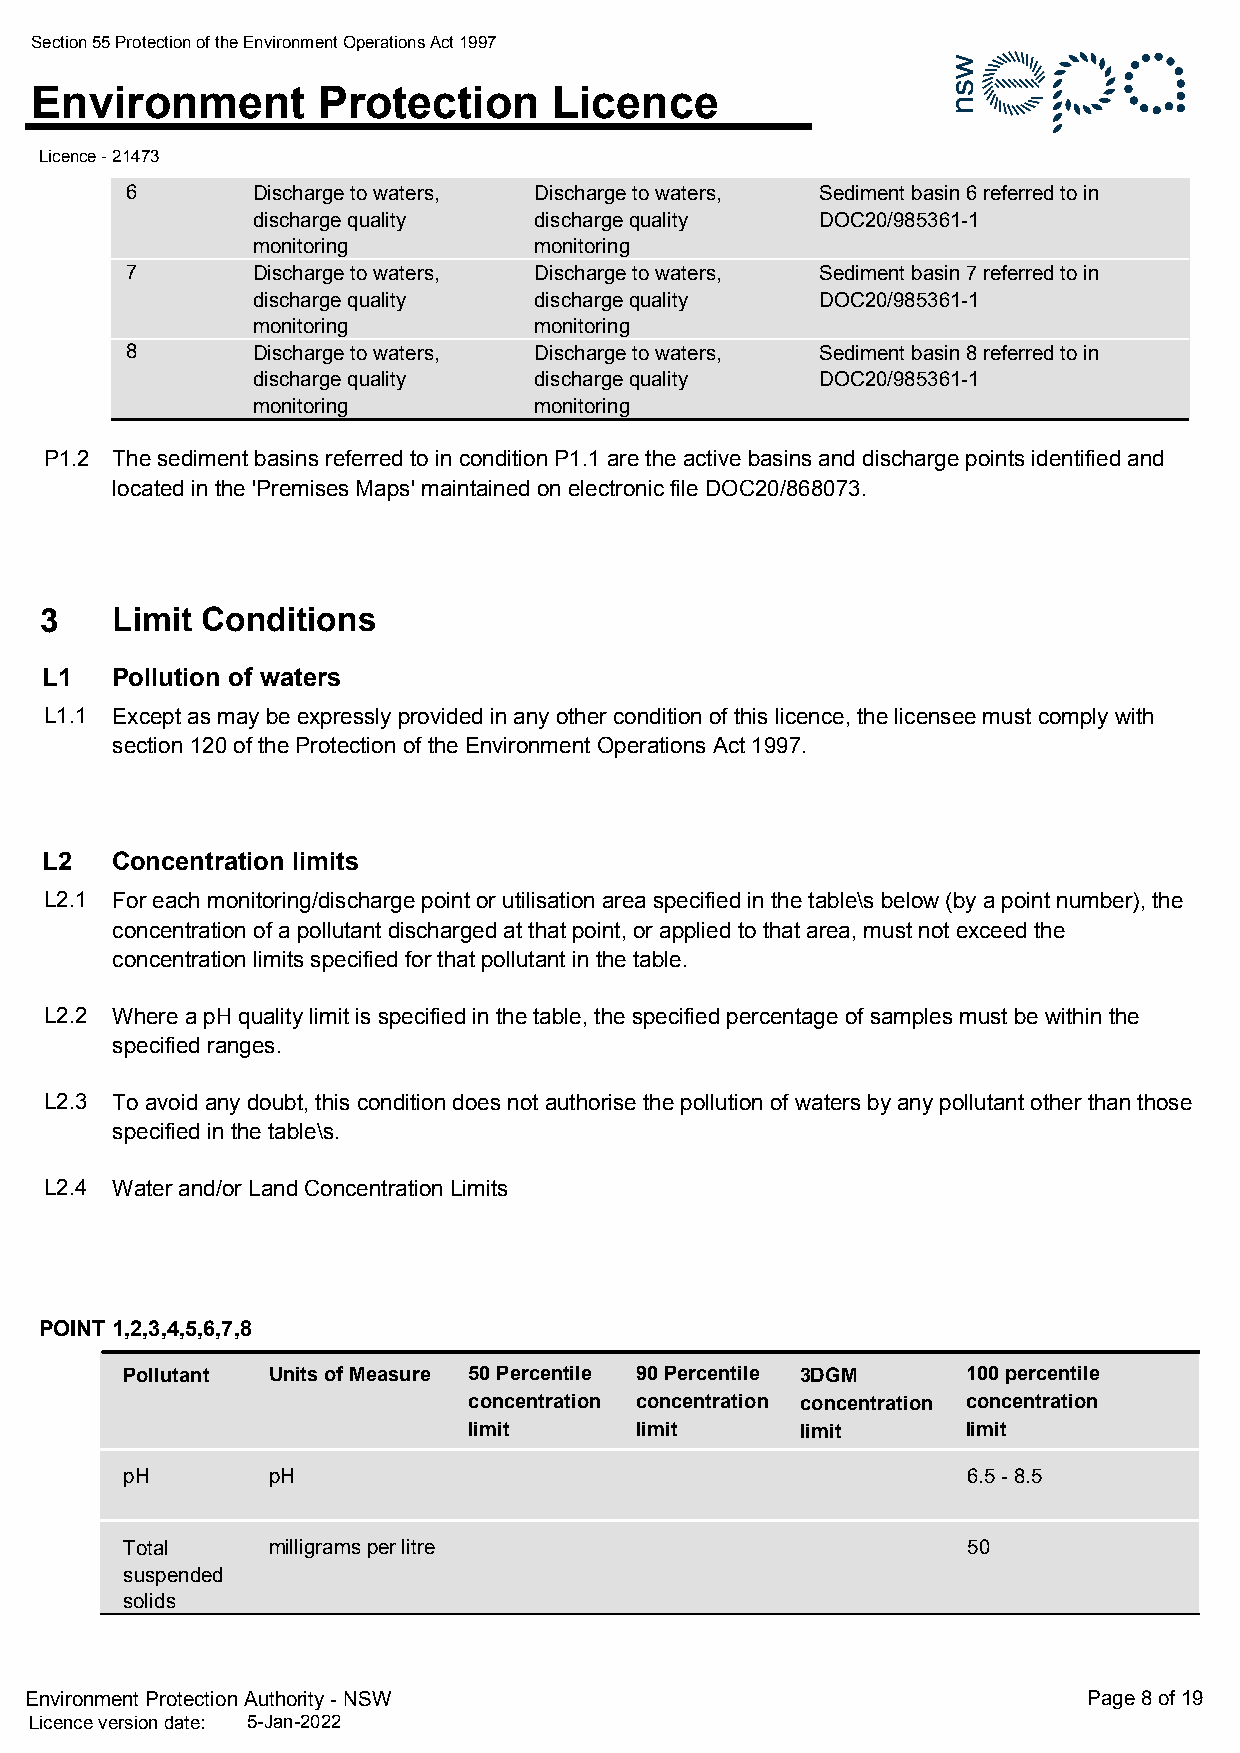
Section 55 Protection of the Environment Operations Act 1997
 Environment        Protection      Licence
 Licence - 21473
 6        Discharge to waters, Discharge to waters, Sediment basin 6 referred to in
 discharge quality discharge quality  DOC20/985361-1
 monitoring        monitoring
 7        Discharge to waters, Discharge to waters, Sediment basin 7 referred to in
 discharge quality discharge quality  DOC20/985361-1
 monitoring        monitoring
 8        Discharge to waters, Discharge to waters, Sediment basin 8 referred to in
 discharge quality discharge quality  DOC20/985361-1
 monitoring        monitoring
 P1.2 The sediment basins referred to in condition P1.1 are the active basins and discharge points identified and
 located in the 'Premises Maps' maintained on electronic file DOC20/868073.
 3   Limit Conditions
 L1  Pollution of waters
 L1.1 Except as may be expressly provided in any other condition of this licence, the licensee must comply with
 section 120 of the Protection of the Environment Operations Act 1997.
 L2  Concentration limits
 L2.1 For each monitoring/discharge point or utilisation area specified in the table\s below (by a point number), the
 concentration of a pollutant discharged at that point, or applied to that area, must not exceed the
 concentration limits specified for that pollutant in the table.
 L2.2 Where a pH quality limit is specified in the table, the specified percentage of samples must be within the
 specified ranges.
 L2.3 To avoid any doubt, this condition does not authorise the pollution of waters by any pollutant other than those
 specified in the table\s.
 L2.4 Water and/or Land Concentration Limits
 POINT 1,2,3,4,5,6,7,8
 Pollutant Units of Measure 50 Percentile 90 Percentile 3DGM 100 percentile
 concentration concentration concentration concentration
 limit      limit      limit      limit
 pH        pH                                            6.5 - 8.5
 Total     milligrams per litre                          50
 suspended
 solids
 Environment Protection Authority - NSW                                Page 8 of 19
 Licence version date: 5-Jan-2022